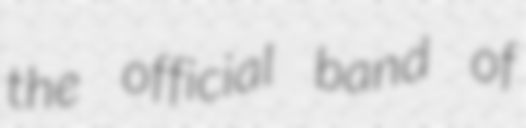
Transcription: the official band of